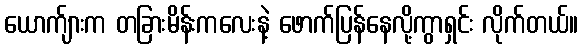
ယောက်ျားက တခြားမိန်းကလေးနဲ့ ဖောက်ပြန်နေလို့ကွာရှင်း လိုက်တယ်။